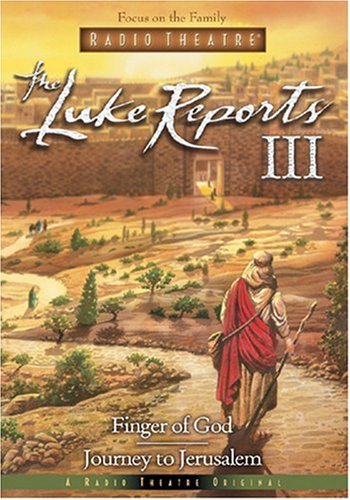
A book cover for The Luke Reports III: Finger of God/Journey to Jerusalem (Radio Theatre); Paul McCusker; Christian Books & Bibles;